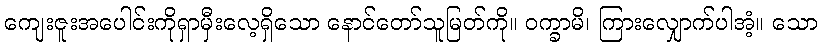
ကျေးဇူးအပေါင်းကိုရှာမှီးလေ့ရှိသော နောင်တော်သူမြတ်ကို။ ဝက္ခာမိ၊ ကြားလျှောက်ပါအံ့။ သော